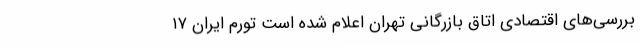
بررسی‌های اقتصادی اتاق بازرگانی تهران اعلام شده است تورم ايران ۱۷